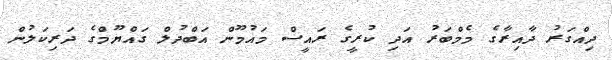
ދިއްގަރު ދާއިރާގެ މެމްބަރު އަދި ކުރީގެ ރައީސް މައުމޫން އަބްދުލް ގައްޔޫމްގެ ދަރިކަލުން